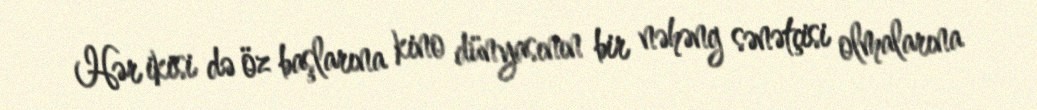
Hər ikisi də öz başlarına kino dünyasının bir nəhəng sənətçisi olmalarına